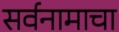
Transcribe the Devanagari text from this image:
सर्वनामाचा